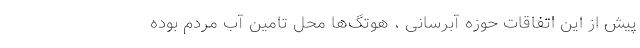
پیش از این اتفاقات حوزه آبرسانی ، هوتگ‌ها محل تامین آب مردم بوده